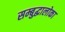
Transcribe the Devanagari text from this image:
सम्बुद्धालोका